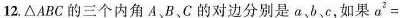
12.△ABC的三个内角A、B、C的对边分别是α、b、c，如果$$a ^ { 2 } =